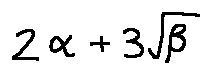
2 \alpha + 3 \sqrt { \beta }